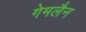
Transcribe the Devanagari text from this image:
गेमलैन